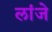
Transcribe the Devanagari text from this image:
लांजे